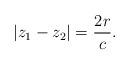
LaTeX: \begin{align*}|z_1-z_2|=\frac{2r}{c}.\end{align*}